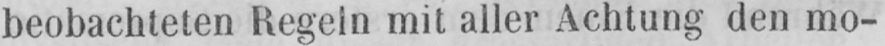
beobachteten Regeln mit aller Achtung den mo-